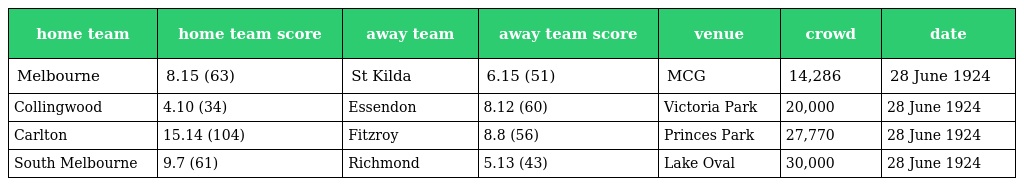
| home team | home team score | away team | away team score | venue | crowd | date |
 | --- | --- | --- | --- | --- | --- | --- |
 | Melbourne | 8.15 (63) | St Kilda | 6.15 (51) | MCG | 14,286 | 28 June 1924 |
 | Collingwood | 4.10 (34) | Essendon | 8.12 (60) | Victoria Park | 20,000 | 28 June 1924 |
 | Carlton | 15.14 (104) | Fitzroy | 8.8 (56) | Princes Park | 27,770 | 28 June 1924 |
 | South Melbourne | 9.7 (61) | Richmond | 5.13 (43) | Lake Oval | 30,000 | 28 June 1924 |